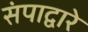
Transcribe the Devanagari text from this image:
संपाद्वारे